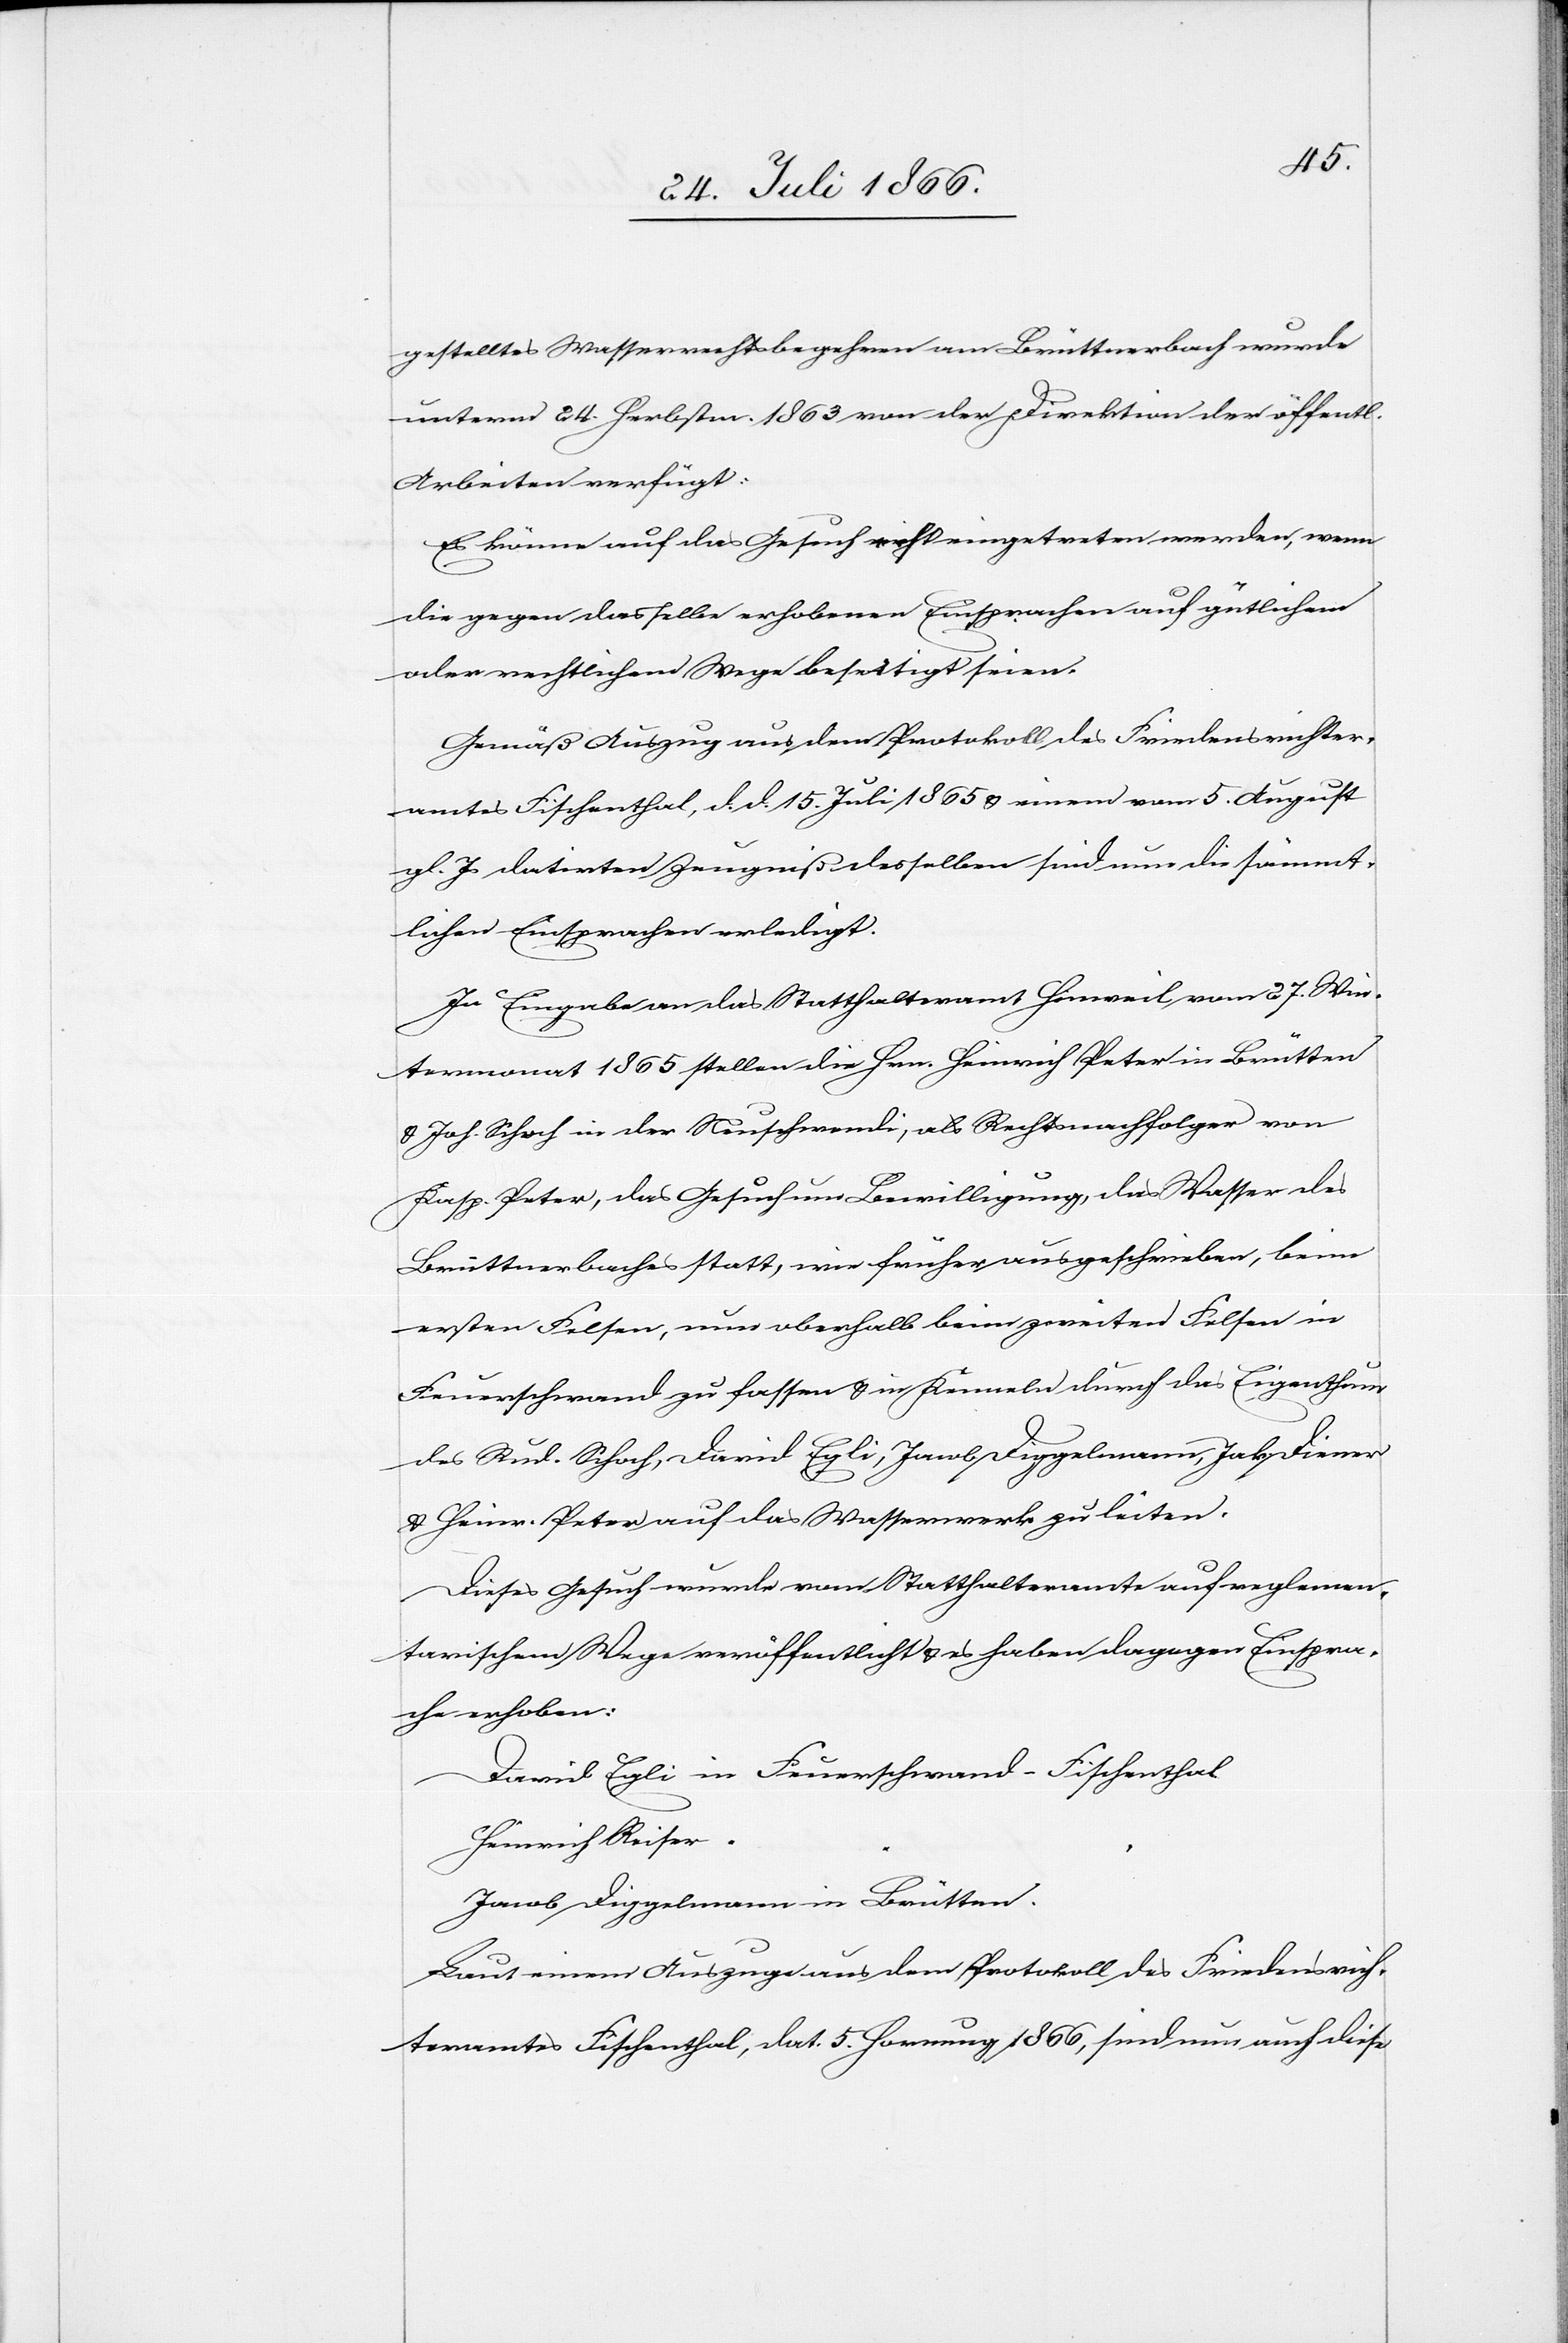
gestelltes Wasserrechtsbegehren am Brüttenerbach wurde
unterm 24. Herbstm. 1863 von der Direktion der öffentlich.
Arbeiten verfügt:
Es könne auf das Gesuch erst eingetreten werden, wenn
die gegen dasselbe erhobenen Einsprachen auf güthlichem
oder rechtlichem Wege beseitigt seien.
Gemäß Auszug aus dem Protokoll des Friedensrichter¬
amtes Fischenthal, d. d. 15. Juli 1865 u. einem vom 5. August
gl. Js. datirten Zeugniß desselben sind nun die sämmt¬
lichen Einsprachen erledigt.
In Eingabe an das Statthalteramt Hinweil vom 27. Win¬
termonat 1865 stellen die Hrn. Heinrich Peter in Brütten
u. Joh. Schoch in der Neuschwendi, als Rechtsnachfolger von
Kasp. Peter, das Gesuch um Bewilligung, das Wasser des
Brüttenerbaches statt, wie früher ausgeschrieben, beim
ersten Felsen, nun oberhalb beim zweiten Felsen in
Feuerschwand zu fassen u. in Kenneln durch das Eigenthum
des Rud. Schoch, David Egli, Jacob Diggelmann, Jak. Diener
u. Heinr. Peter auf das Wasserwerk zu leiten.
Dieses Gesuch wurde vom Statthalteramte auf reglemen¬
tarischem Wege veröffentlicht u. es haben dagegen Einspra¬
che erhoben:
Heinrich Reiser
Jacob Diggelmann in Brütten.
Laut einem Auszuge aus dem Protokoll des Friedensrich¬
teramtes Fischenthal, dat. 5. Hornung 1866, sind nun auch diese